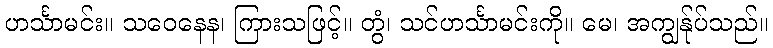
ဟင်္သာမင်း။ သဝေနေန၊ ကြားသဖြင့်။ တွံ၊ သင်ဟင်္သာမင်းကို။ မေ၊ အကျွန်ုပ်သည်။